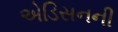
એડિસનની